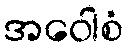
အဝေါစံ